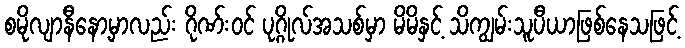
စမိုလျာနီနော့မှာလည်း ဂိုဏ်းဝင် ပုဂ္ဂိုလ်အသစ်မှာ မိမိနှင့် သိကျွမ်းသူပီယာဖြစ်နေသဖြင့်